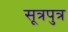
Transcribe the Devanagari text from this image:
सूत्रपुत्र